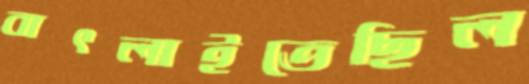
বাৎলাইতেছিল